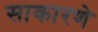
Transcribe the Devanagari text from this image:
साकारणे